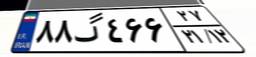
۸۸گ۴۶۶۲۷